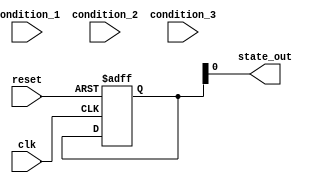
module state_machine (
    input wire clk,
    input wire reset,
    input wire condition_1,
    input wire condition_2,
    input wire condition_3,
    output wire state_out
);

// Define states
parameter STATE_A = 2'b00;
parameter STATE_B = 2'b01;
parameter STATE_C = 2'b10;

// Define state encoding
reg [1:0] state_reg, next_state;

// Define priority encoding
wire priority_1, priority_2, priority_3;

assign priority_1 = condition_1 & ~condition_2 & ~condition_3;
assign priority_2 = ~condition_1 & condition_2 & ~condition_3;
assign priority_3 = ~condition_1 & ~condition_2 & condition_3;

// State machine logic
always @ (posedge clk or posedge reset) begin
    if (reset) begin
        state_reg <= STATE_A;
    end else begin
        case (state_reg)
            STATE_A: begin
                if (priority_1) begin
                    next_state <= STATE_B;
                end else if (priority_2) begin
                    next_state <= STATE_C;
                end else begin
                    next_state <= state_reg;
                end
            end
            STATE_B: begin
                if (priority_3) begin
                    next_state <= STATE_A;
                end else begin
                    next_state <= state_reg;
                end
            end
            STATE_C: begin
                if (priority_2) begin
                    next_state <= STATE_B;
                end else begin
                    next_state <= state_reg;
                end
            end
        endcase
    end
end

// Output state
assign state_out = state_reg;

endmodule